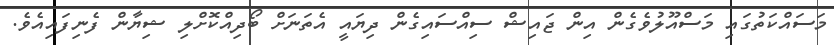
މަސައްކަތުގައި މަސްއޫލުވެގެން އިން ޖައިޝް ސިއްސައިގެން ދިޔައީ އެތަނަށް ބޯދިއްކޮށްލި ޝިޔާން ފެނިފައިއެވެ.